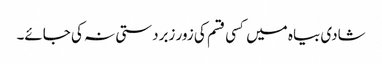
شادی بیاہ میں کسی قسم کی زور زبردستی نہ کی جائے۔